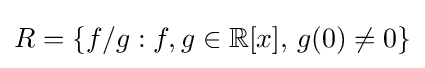
R=\{f/g:f,g\in \mathbb {R} [x],\,g(0)\neq 0\}